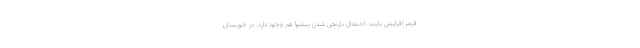
قرمز افزایش یابند. احتمال نارنجی شدن پیشوا هم وجود دارد. در خوزستان